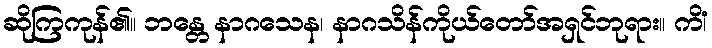
ဆိုကြကုန်၏။ ဘန္တေ နာဂသေန၊ နာဂသိန်ကိုယ်တော်အရှင်ဘုရား။ ကိံ၊